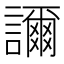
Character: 𧭉